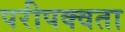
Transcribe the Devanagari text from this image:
परीपक्वता